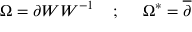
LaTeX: \Omega = \partial W W ^ { - 1 } \; \; \; \; ; \; \; \; \; \; \Omega ^ { * } = \overline { { { \partial } } }